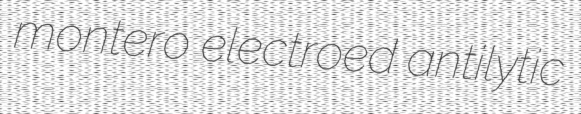
montero electroed antilytic